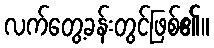
လက်တွေ့ခန်းတွင်ဖြစ်၏။